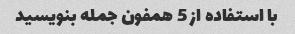
با استفاده از 5 همفون جمله بنویسید